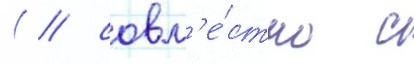
( / совм'е́стно с